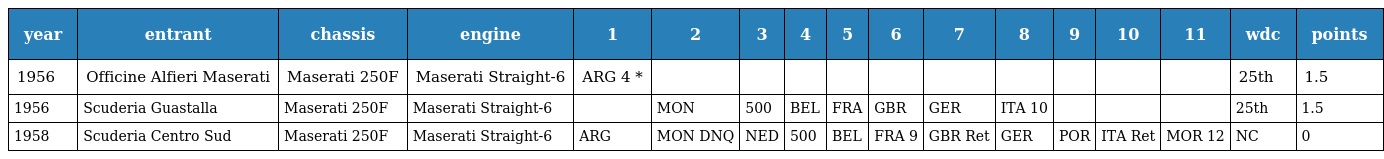
| year | entrant | chassis | engine | 1 | 2 | 3 | 4 | 5 | 6 | 7 | 8 | 9 | 10 | 11 | wdc | points |
 | --- | --- | --- | --- | --- | --- | --- | --- | --- | --- | --- | --- | --- | --- | --- | --- | --- |
 | 1956 | Officine Alfieri Maserati | Maserati 250F | Maserati Straight-6 | ARG 4 * |  |  |  |  |  |  |  |  |  |  | 25th | 1.5 |
 | 1956 | Scuderia Guastalla | Maserati 250F | Maserati Straight-6 |  | MON | 500 | BEL | FRA | GBR | GER | ITA 10 |  |  |  | 25th | 1.5 |
 | 1958 | Scuderia Centro Sud | Maserati 250F | Maserati Straight-6 | ARG | MON DNQ | NED | 500 | BEL | FRA 9 | GBR Ret | GER | POR | ITA Ret | MOR 12 | NC | 0 |